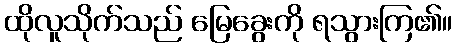
ထိုလူသိုက်သည် မြေခွေးကို ရသွားကြ၏။